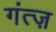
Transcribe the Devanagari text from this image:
गंत्ज़